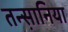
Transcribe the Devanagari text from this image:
तन्स़ानिया